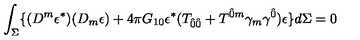
\int _ { \Sigma } \lbrace ( D ^ { m } \epsilon ^ { \ast } ) ( D _ { m } \epsilon ) + 4 \pi G _ { 1 0 } \epsilon ^ { \ast } ( T _ { \hat { 0 } \hat { 0 } } + T ^ { \hat { 0 } m } \gamma _ { m } \gamma ^ { \hat { 0 } } ) \epsilon \rbrace d \Sigma = 0